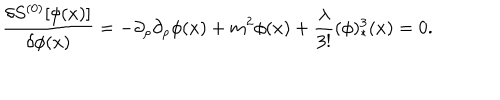
{ \frac { \delta S ^ { ( 0 ) } [ \phi ( x ) ] } { \delta \phi ( x ) } } = - \partial _ { \rho } \partial _ { \rho } \phi ( x ) + m ^ { 2 } \phi ( x ) + { \frac { \lambda } { 3 ! } } ( \phi ) _ { * } ^ { 3 } ( x ) = 0 .